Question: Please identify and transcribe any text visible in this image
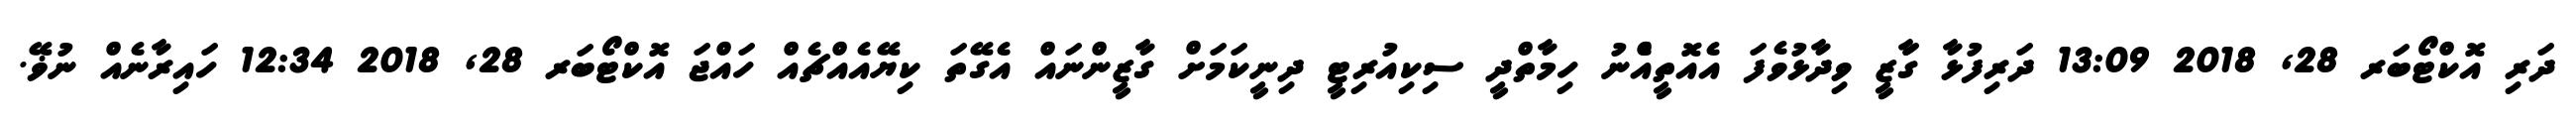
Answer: ދަރި އޮކްޓޯބަރ 28, 2018 13:09 ދަރިފުޅާ ގާަޒީ ވިދާޅުވެފަ އެއޮތީއެްނު ހިމާތްދީ ސިކިއުރިޓީ ދިނީކަމަށް ގާޒީންނައް އެގޭތަ ކިޔޭއެއްޗެއް ހައްޖަ އޮކްޓޯބަރ 28, 2018 12:34 ހައިރާނެއް ނުޥޭ.